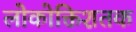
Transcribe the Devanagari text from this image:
लोकोक्तिशतक